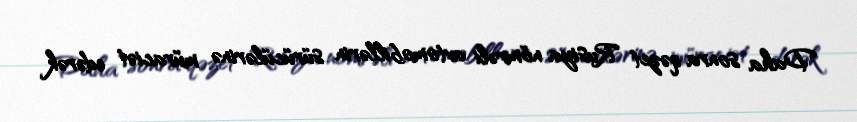
Daha sonra qəzet Rusiya nömrəli avtomobillərin sürücülərinə müraciət edərək